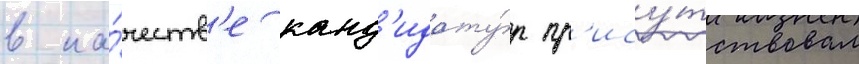
в ка́честв'е канд'идату́р пр'ису́тствовал